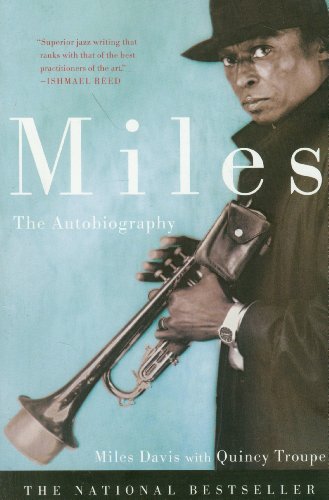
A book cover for Miles; Miles Davis; Biographies & Memoirs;